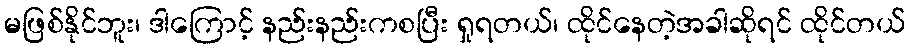
မဖြစ်နိုင်ဘူး၊ ဒါကြောင့် နည်းနည်းကစပြီး ရှုရတယ်၊ ထိုင်နေတဲ့အခါဆိုရင် ထိုင်တယ်